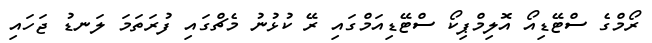
ރޯމްގެ ސްޓޭޑިއޯ އޮލިމްޕިކޯ ސްޓޭޑިއަމްގައި ރޭ ކުޅުނު މެޗްގައި ފުރަތަމަ ލަނޑު ޖަހައި